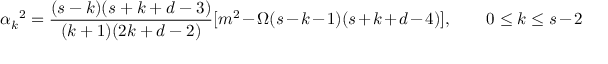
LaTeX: \alpha _ { k } { } ^ { 2 } = \frac { ( s - k ) ( s + k + d - 3 ) } { ( k + 1 ) ( 2 k + d - 2 ) } [ m ^ { 2 } - \Omega ( s - k - 1 ) ( s + k + d - 4 ) ] , \qquad 0 \le k \le s - 2